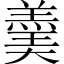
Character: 羮